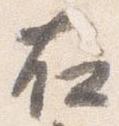
右